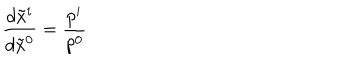
\frac { d \tilde { x } ^ { i } } { d \tilde { x } ^ { 0 } } = \frac { p ^ { i } } { p ^ { 0 } }